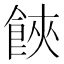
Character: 𩛩